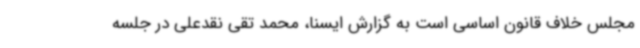
مجلس خلاف قانون اساسی است به گزارش ایسنا، محمد تقی نقدعلی در جلسه